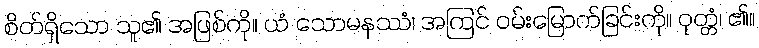
စိတ်ရှိသော သူ၏ အဖြစ်ကို။ ယံ သောမနဿံ၊ အကြင် ဝမ်းမြောက်ခြင်းကို။ ဝုတ္တံ၊ ၏။